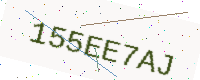
Text: 155EE7AJ